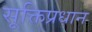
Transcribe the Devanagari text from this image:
सूक्तिप्रधान